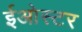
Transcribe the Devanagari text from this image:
ईओस्टर